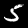
Label: 5